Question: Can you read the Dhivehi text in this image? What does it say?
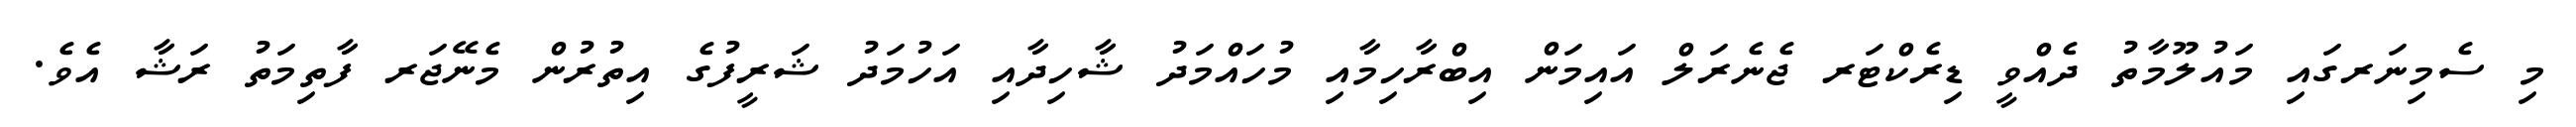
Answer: މި ސެމިނަރގައި މައުލޫމާތު ދެއްވީ ޑިރެކްޓަރ ޖެނެރަލް އައިމަން އިބްރާހިމާއި މުހައްމަދު ޝާހިދާއި އަހުމަދު ޝަރީފުގެ އިތުރުން މެނޭޖަރ ފާތިމަތު ރަޝާ އެވެ.